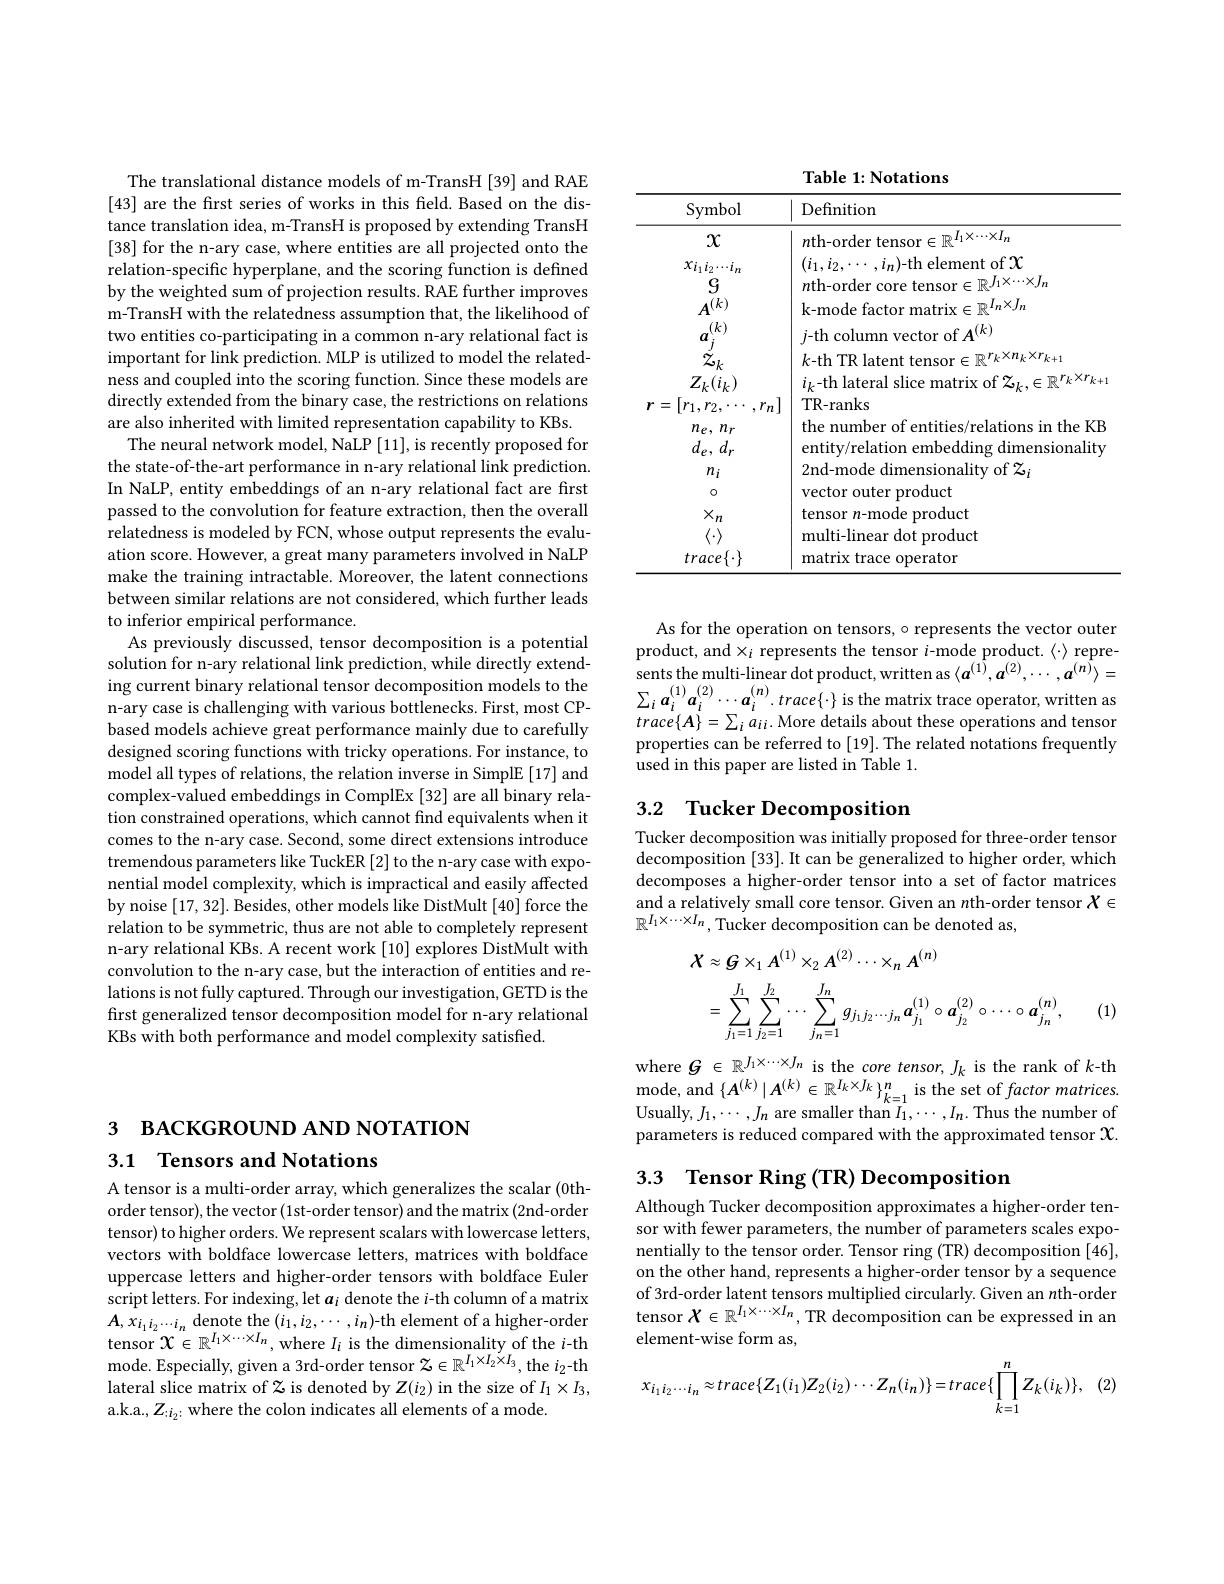
3 вАСКGROUND АND NOTATION
3.1 Tensors and Notations

A tensor is a multi-order array, which generalizes the scalar (0thorder tensor), the vector (1st-order tensor) and the matrix (2nd-order tensor) to higher orders. We represent scalars with lowercase letters, vectors with boldface lowercase letters, matrices with boldface uppercase letters and higher-order tensors with boldface Euler script letters. For indexing, let $a_i$ denote the i-th column of a matrix $A,x_{i_{1}i_{2}\cdots i_{n}}$ denote the $(i_1,i_{2},\cdots,i_{n})$-th element of a higher-order tensor $\mathcal{X}\in\mathbb{R}^{I_{1}\times\cdots\times I_{n}}$, where $I_i$ is the dimensionality of the $i$-th mode. Especially, given a 3rd-order tensor $\mathcal{Z}\in\mathbb{R}^I_1\times I_2\times I_3$, the $i_2$-th lateral slice matrix of $\mathfrak{Z}$ is denoted by $Z(i_2)$ in the size of $I_1\times I_3$, a.k.a., Z: i。where the colon indicates all elements of a mode.

The translational distance models of m-TransH [39] and RAE [43] are the first series of works in this field. Based on the distance translation idea, m-TransH is proposed by extending TransH [38] for the n-ary case, where entities are all projected onto the relation-specific hyperplane, and the scoring function is defined by the weighted sum of projection results. RAE further improves m-TransH with the relatedness assumption that, the likelihood of two entities co-participating in a common n-ary relational fact is important for link prediction. MLP is utilized to model the relatedness and coupled into the scoring function. Since these models are directly extended from the binary case, the restrictions on relations are also inherited with limited representation capability to KBs.
The neural network model, NaLP [11], is recently proposed for the state-of-the-art performance in n-ary relational link prediction. In NaLP, entity embeddings of an n-ary relational fact are first passed to the convolution for feature extraction, then the overall relatedness is modeled by FCN, whose output represents the evaluation score. However, a great many parameters involved in NaLP make the training intractable. Moreover, the latent connections between similar relations are not considered, which further leads to inferior empirical performance.
As previously discussed, tensor decomposition is a potential solution for n-ary relational link prediction, while directly extending current binary relational tensor decomposition models to the n-ary case is challenging with various bottlenecks. First, most CPbased models achieve great performance mainly due to carefully designed scoring functions with tricky operations. For instance, to model all types of relations, the relation inverse in SimplE [17] and complex-valued embeddings in ComplEx [32] are all binary relation constrained operations, which cannot find equivalents when it comes to the n-ary case. Second, some direct extensions introduce tremendous parameters like TuckER [2] to the n-ary case with exponential model complexity, which is impractical and easily affected by noise [17,32]. Besides, other models like DistMult [40] force the relation to be symmetric, thus are not able to completely represent n-ary relational KBs. A recent work [10] explores DistMult with convolution to the n-ary case, but the interaction of entities and relations is not fully captured. Through our investigation, GETD is the first generalized tensor decomposition model for n-ary relational KBs with both performance and model complexity satisfied.

Table 1: Notations
<table>
	<tbody>
		<tr>
			<th>Symbol</th>
			<th>Definition</th>
		</tr>
		<tr>
			<td>$x$</td>
			<td>$n$th-order tensor$\in\mathbb{R}^I_1\times\cdots\times I_m$</td>
		</tr>
		<tr>
			<td>$n_{e},n_{r}$ $d_{e}$, $d_{r}$</td>
			<td>the number of entities/relations in the KB entity/relation embedding dimensionality</td>
		</tr>
		<tr>
			<td>$n_{i}$</td>
			<td>2nd-mode dimensionality of $\mathfrak{Z}_i$</td>
		</tr>
		<tr>
			<td>0</td>
			<td>vector outer product</td>
		</tr>
		<tr>
			<td>$trace\{\cdot\}$</td>
			<td>matrix trace operator</td>
		</tr>
	</tbody>
</table>

As for the operation on tensors, o represents the vector outer product, and $\times_i$ represents the tensor $i$-mode product.$\langle\cdot\rangle$ represents the multi- linear dot product, written as$\langle a^{( 1) }, a^{( 2) }, \cdots , a^{( n) }\rangle =$ $\sum _{i}a_{i}^{( 1) }a_{i}^{( 2) }\cdots a_{i}^{( n) }. trace\{ \cdot \}$ is the matrix trace operator, written as $trace\{A\}=\sum_{i}a_{ii}.$ More details about these operations and tensor properties can be referred to [19]. The related notations frequently used in this paper are listed in Table 1.

## 3.2 Tucker Decomposition

Tucker decomposition was initially proposed for three-order tenson decomposition [33]. It can be generalized to higher order, which decomposes a higher-order tensor into a set of factor matrices and a relatively small core tensor. Given an $n$th-order tensor $X\in$ $\mathbb{R}^{I_1\times\cdots\times I_n}$,Tucker decomposition can be denoted as,
$$\begin{aligned}\text{X}&\approx\boldsymbol{G}\times_{1}A^{(1)}\times_{2}A^{(2)}\cdots\times_{n}A^{(n)}\\&=\sum_{j_{1}=1}^{J_{1}}\sum_{j_{2}=1}^{J_{2}}\cdots\sum_{j_{n}=1}^{J_{n}}g_{j_{1}j_{2}\cdots j_{n}}\boldsymbol{a}_{j_{1}}^{(1)}\circ\boldsymbol{a}_{j_{2}}^{(2)}\circ\cdots\circ\boldsymbol{a}_{j_{n}}^{(n)},\end{aligned}$$
(1)

where $G\in\mathbb{R}^{J_1\times\cdots\times J_n}$ is the core tensor, $J_k$ is the rank of $k$-th $\begin{array}{l}{\mathrm{mode,~and~}\{A^{(k)}\mid A^{(k)}\in\mathbb{R}^{I_{k}\times J_{k}}\}_{k=1}^{n}~is~the~set~of~factor~matrices.}\\{\mathrm{Usually,~}J_{1},\cdots,J_{n}~\mathrm{are~smaller~than~}I_{1},\cdots,I_{n}.~\mathrm{Thus~the~number~of}}\end{array}$ parameters is reduced compared with the approximated tensor $\mathcal{X}.$

# 3.3 Tensor Ring (TR) Decomposition

Although Tucker decomposition approximates a higher-order tensor with fewer parameters, the number of parameters scales exponentially to the tensor order. Tensor ring (TR) decomposition [46], on the other hand, represents a higher-order tensor by a sequence of 3rd-order latent tensors multiplied circularly. Given an $n$th-order tensor $X\in\mathbb{R}^{I_1\times\cdots\times I_n}$, TR decomposition can be expressed in an element-wise form as,

(2
$$x_{i_1i_2\cdots i_n}\approx trace\{Z_1(i_1)Z_2(i_2)\cdots Z_n(i_n)\}=trace\{\prod_{k=1}^nZ_k(i_k)\},$$